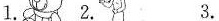
1. 2. 3.